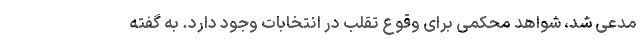
مدعی شد، شواهد محکمی برای وقوع تقلب در انتخابات وجود دارد. به گفته